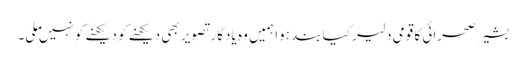
بشیر صحرائی کا قومی دلیر کیا بند ہوا ہمیں وہ یادگار تصویر بھی دیکھنے کو دیکھنے کو نہیں ملی۔